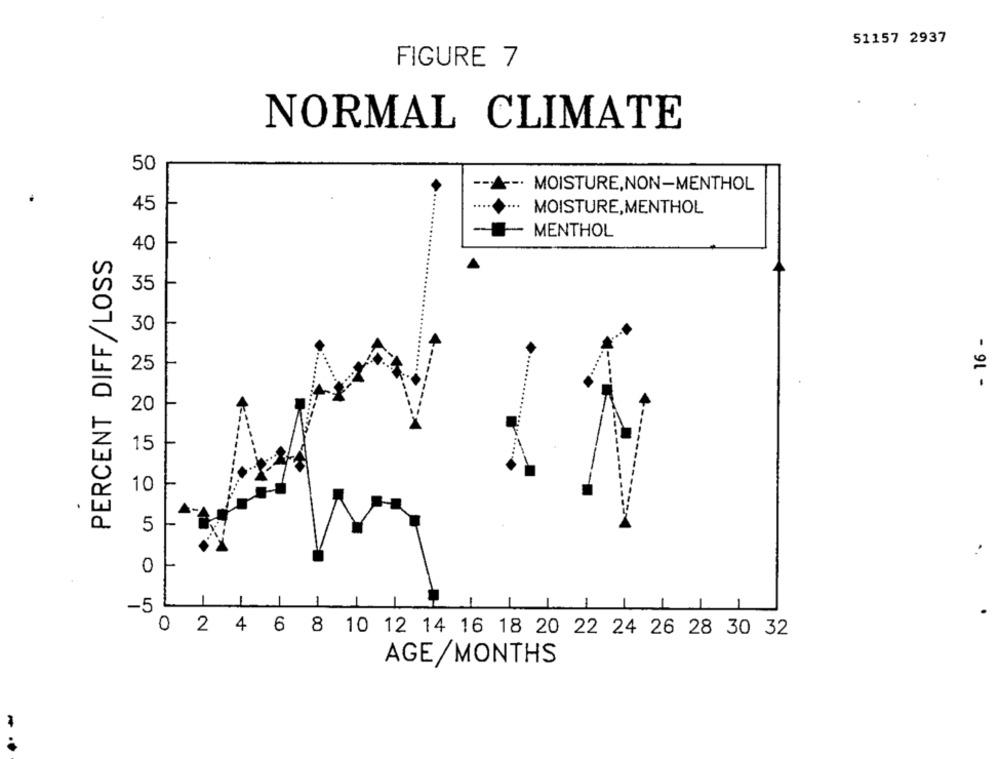
51157 2937
FIGURE 7
NORMAL CLIMATE
50
-- A -. MOISTURE,NON-MENTHOL
45
MOISTURE,MENTHOL
MENTHOL
40
PERCENT DIFF/LOSS
35
30
25
- 91 -
20
15
10
5
0
-5
0 2 4 6 8 10 12 14 16 18 20 22 24 26 28 30 32
AGE/MONTHS
...